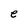
Character: e